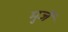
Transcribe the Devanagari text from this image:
मुर्जे